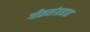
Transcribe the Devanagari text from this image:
गीतसंग्रहात